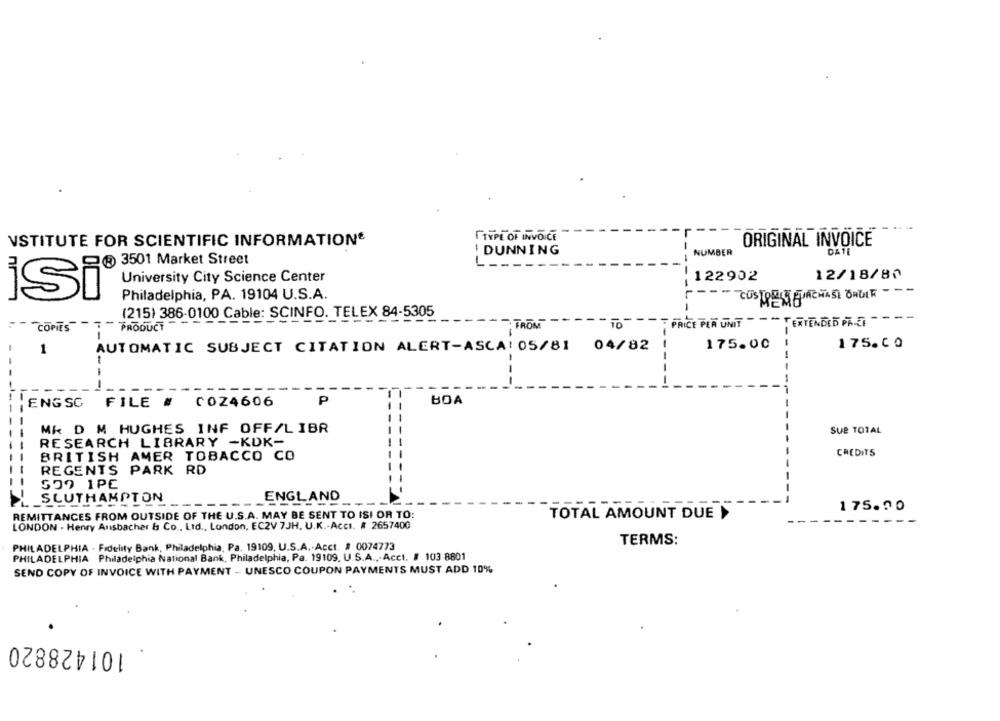
--
TYPE OF INVOICE
VSTITUTE FOR SCIENTIFIC INFORMATION*
ORIGINAL INVOICE
! DUNNING
NUMBER
DATE
® 3501 Market Street
L
University City Science Center
122902
12/18/80
Philadelphia, PA. 19104 U.S.A.
-
iSi®
(215) 386-0100 Cable: SCINFO. TELEX 84-5305
---
PRICE PER UNIT " "" TERTENDED PREF
COPIES
PRODUCT
TROM
TO
175.00
175.CO
1
AUTOMATIC SUBJECT CITATION ALERT-ASCA: 05/81 04/82
-
ENGSC FILE # COZ4606
P
BOA
MK D M HUGHES INF OFF/LIBR
SUB TOTAL
RESEARCH LIBRARY -KDK-
BRITISH AMER TOBACCO CO
CREDITS
REGENTS PARK RD
509 1PC
SLUTHAMPTON
ENGLAND
175.00
REMITTANCES FROM OUTSIDE OF THE U.S.A. MAY BE SENT TO ISI OR TO:
TOTAL AMOUNT DUE »
LONDON . Henry Ansbacher & Co ., Ltd ., London, EC2V 7JH. U.K .- Accı. # 2657400
PHILADELPHIA - Fidelity Bank, Philadelphia, Pa. 19109, U.S.A .- Acct. # 0074773
TERMS:
PHILADELPHIA Philadelphia National Bank, Philadelphia, Pa. 19109, U.S.A .,- Acct. # 103-8801
SEND COPY OF INVOICE WITH PAYMENT - UNESCO COUPON PAYMENTS MUST ADD 10%
101428820